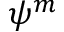
\psi ^ { m }